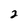
Character: 2